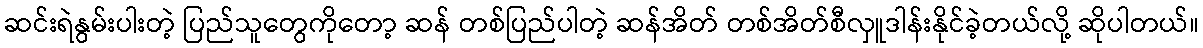
ဆင်းရဲနွမ်းပါးတဲ့ ပြည်သူတွေကိုတော့ ဆန် တစ်ပြည်ပါတဲ့ ဆန်အိတ် တစ်အိတ်စီလှူဒါန်းနိုင်ခဲ့တယ်လို့ ဆိုပါတယ်။